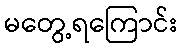
မတွေ့ရကြောင်း